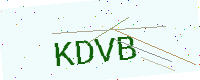
Text: KDVB